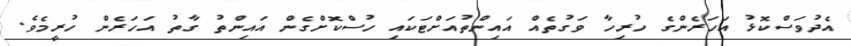
އެދުވަސްކޮޅު އަހަރެންގެ ހުރިހާ ވަގުތެއް އައިންތުއަށްޓަކައި ހުސްކޮށްގެން އައިންތު ގާތު އަހަރެން ހުރީމެވެ.